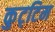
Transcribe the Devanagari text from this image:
कुट्‌टिम